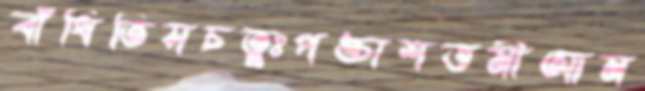
বাঁধিতিসচতুঃপঙ্চাশত্তমীআম